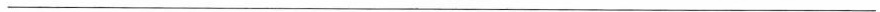
___